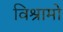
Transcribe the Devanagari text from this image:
विश्रामो